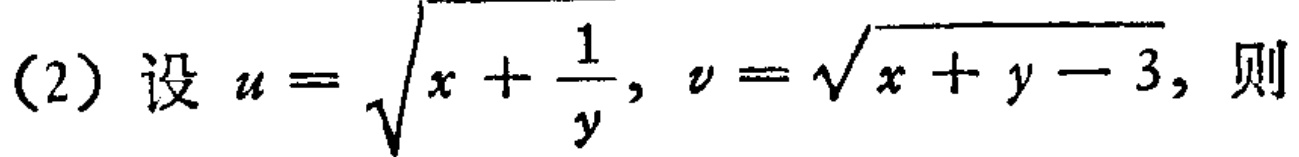
(2) 设 \(u = \sqrt{x+\frac{1}{y}}, v = \sqrt{x + y - 3}\), 则